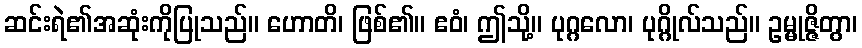
ဆင်းရဲ၏အဆုံးကိုပြုသည်။ ဟောတိ၊ ဖြစ်၏။ ဧဝံ၊ ဤသို့။ ပုဂ္ဂလော၊ ပုဂ္ဂိုလ်သည်။ ဥမ္မုဇ္ဇိတွာ၊